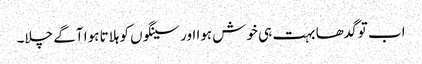
اب تو گدھا بہت ہی خوش ہوا اور سینگوں کو ہلاتا ہوا آگے چلا۔